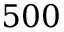
5 0 0